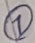
Text: 7